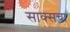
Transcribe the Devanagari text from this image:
साक्सचा